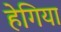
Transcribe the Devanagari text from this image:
हेगिया